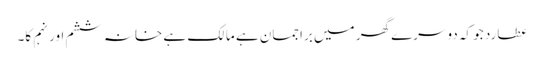
عطارد جو کہ دوسرے گھر میں براجمان ہے مالک ہے خانہ ششم اور نہم کا۔